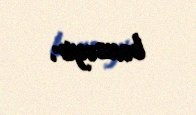
bənzəyir.